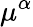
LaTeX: \mu^{\alpha}